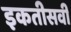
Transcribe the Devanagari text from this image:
इकतीसवीं